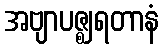
အဗျာပဇ္ဈရတာနံ